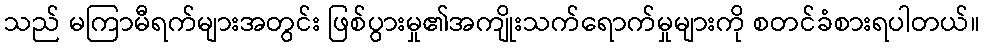
သည် မကြာမီရက်များအတွင်း ဖြစ်ပွားမှု၏အကျိုးသက်ရောက်မှုများကို စတင်ခံစားရပါတယ်။